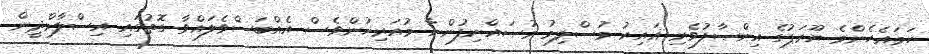
ހަމައެހެންމެ ޔޫރަޕުގެ އިންޞާފުވެރި ޣައިރު މުސްލިމު މުޞައްނިފުންނާ މުއަރިޚުންވެސް އެއްބަސްވެލައްވާ ގޮތުގައި އިސްލާމްދީން